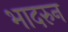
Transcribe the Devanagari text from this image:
भादरुन